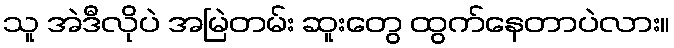
သူ အဲဒီလိုပဲ အမြဲတမ်း ဆူးတွေ ထွက်နေတာပဲလား။